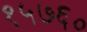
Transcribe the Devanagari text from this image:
१५७६०